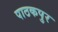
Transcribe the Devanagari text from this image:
पाठकपुर